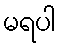
မရပါ